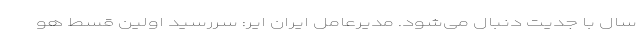
سال با جدیت دنبال می‌شود. مدیرعامل ایران ایر: سررسید اولین قسط هو